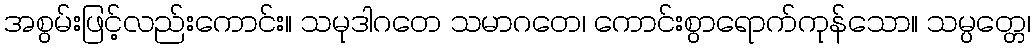
အစွမ်းဖြင့်လည်းကောင်း။ သမုဒါဂတေ သမာဂတေ၊ ကောင်းစွာရောက်ကုန်သော။ သမ္ပတ္တေ၊